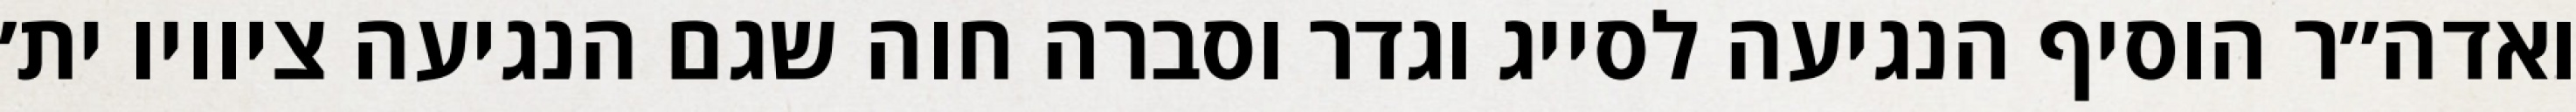
ואדה״ר הוסיף הנגיעה לסייג וגדר וסברה חוה שגם הנגיעה ציוויו ית׳